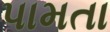
પામતા